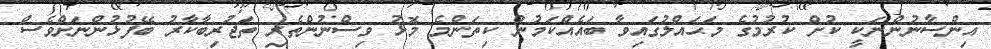
އިންސާނުންނަކީ ކުށް ކުރުމުގެ މަޙައްލުގައިވާ ބައެއްކަމުން ކިތަންމެ މޮޅު ވިސްނުންތެރި ތަޖުރިބާކާރު ބޭފުޅުންނަށްވެސް